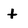
Character: t